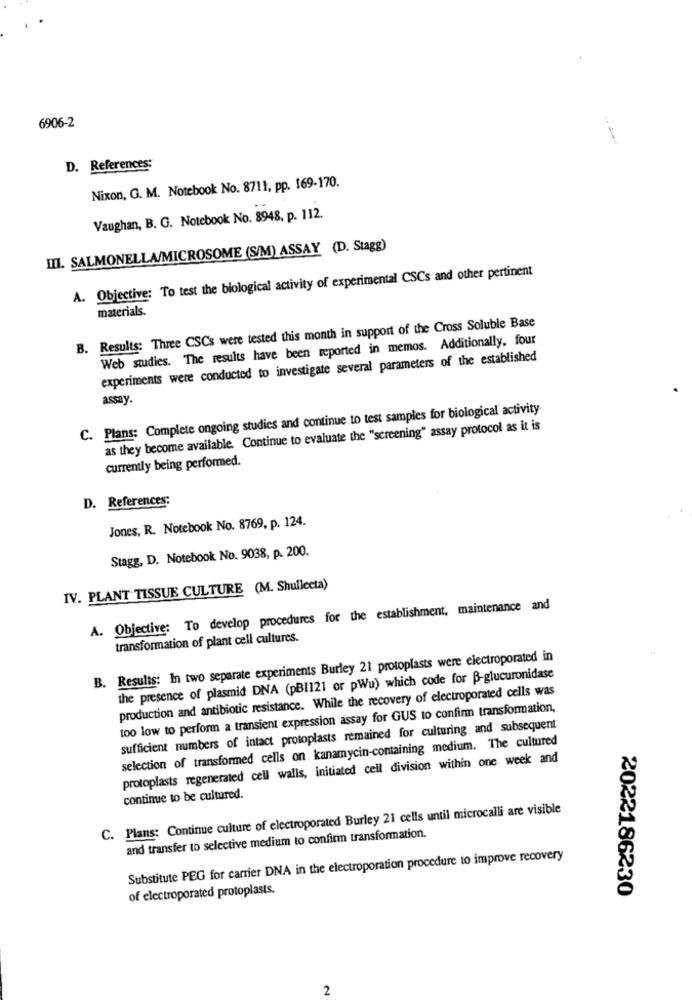
6906-2
D. References:
Nixon, G. M. Notebook No. 8711, pp. 169-170.
Vaughan, B. G. Notebook No. 8948, p. 112.
III. SALMONELLA/MICROSOME (S/M) ASSAY (D. Stagg)
A. Objective: To test the biological activity of experimental CSCs and other pertinent
materials.
B. Results: Three CSCs were tested this month in support of the Cross Soluble Base
Web studies. The results have been reported in memos. Additionally, four
experiments were conducted to investigate several parameters of the established
assay.
C. Plans: Complete ongoing studies and continue to test samples for biological activity
as they become available. Continue to evaluate the "screening" assay protocol as it is
currently being performed.
D. References:
Jones, R. Notebook No. 8769, p. 124.
Stagg, D. Notebook No. 9038, p. 200.
IV. PLANT TISSUE CULTURE (M. Shullecta)
A. Objective: To develop procedures for the establishment, maintenance and
transformation of plant cell cultures.
B. Results: In two separate experiments Burley 21 protoplasts were electroporated in
the presence of plasmid DNA (pBI121 or pWu) which code for B-glucuronidase
production and antibiotic resistance. While the recovery of electroporated cells was
too low to perform a transient expression assay for GUS to confirm transformation,
sufficient numbers of intact protoplasts remained for culturing and subsequent
selection of transformed cells on kanamycin-containing medium. The cultured
protoplasts regenerated cell walls, initiated cell division within one week and
continue to be cultured.
C. Plans: Continue culture of electroporated Burley 21 cells until microcalli are visible
and transfer to selective medium to confirm transformation.
Substitute PEG for carrier DNA in the electroporation procedure to improve recovery
of electroporated protoplasts.
2022186230
2